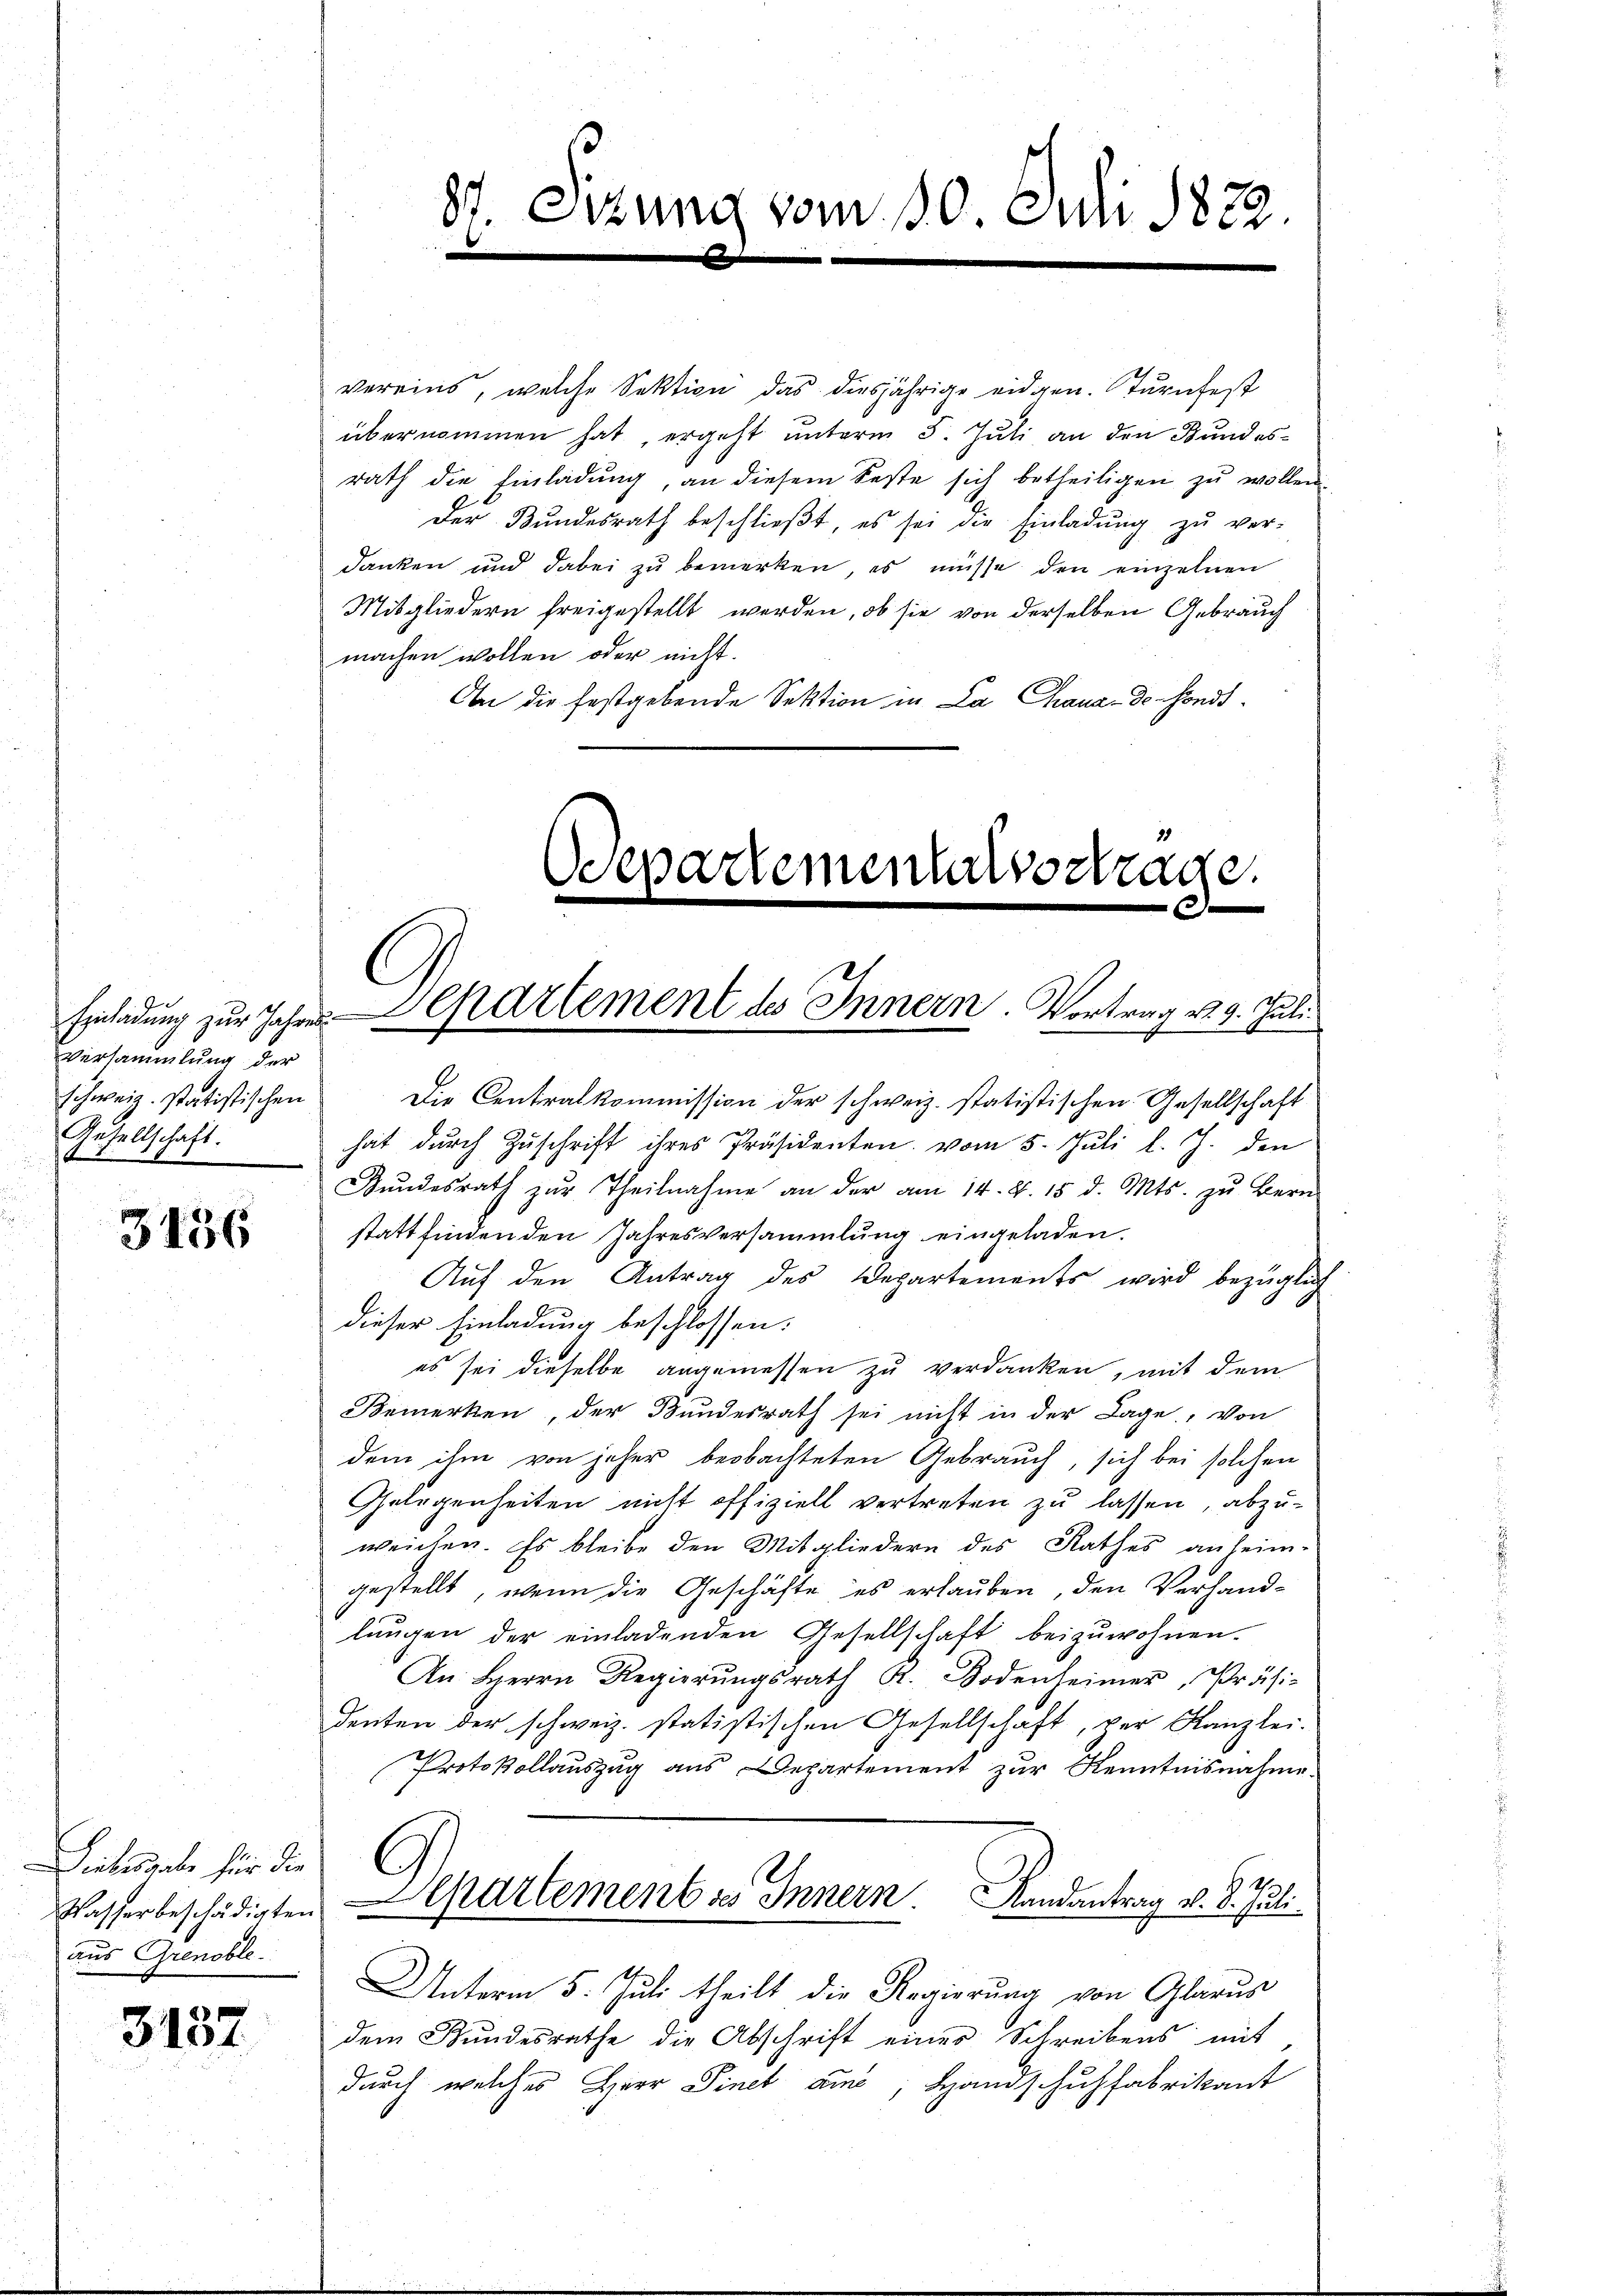
Versammlung der
schweiz. statistischen
Gesellschaft.

3136

Diebesgabe für die
Wasserbeschädigten
aus Grenoble

3137

vereins, welche Sektion das diesjährige eidgen. Turnfest
übernommen hat, ergeht unterm 5. Juli an den Bundesrath die Einladŭng, an diesem Feste sich betheiligen zŭ wollen.
Der Bundesrath beschlieβt, es sei die Einladŭng zŭ ver-
danken und dabei zu bemerken, es müsse den einzelnen
Mitgliedern freigestellt werden, ob sie von derselben Gebrauch
machen wollen oder nicht.
An die festgebende Sektion in La Chaux-de-Fonds¬

87. Sitzung vom 10. Juli 1822.
e

Wepartementsstrage.
e
Einladung zur Jahres Separtement des Innern. Vortrag v. 9. Juli

Die Centralkommission der schweiz. statistischen Gesellschaft
hat durch Zuschrift ihres Präsidenten vom 5. Juli l. J. den
Bŭndesrath zŭr Theilnahme an der am 14. d. 15 d. Mts. zŭ bern
stattfinden den Jahresversammlung eingeladen.
Auf den Antrag des Departements wird bezüglich
dieser Einladung beschlossen:
es sei dieselbe angemessen zu verdanken, mit dem
Bemerken, der Bundesrath sei nicht in der Lage, von
dem ihm von jeher beobachteten Gebrauch, sich bei solchen
Gelegenheiten nicht offiziell vertreten zu lassen, abzuweichen. Es bleibe den Mitgliedern des Rathes anheim-
gestellt, wenn die Geschäfte es erlauben, den Verhandlungen der einladenden Gesellschaft beizuwohnen.
An Herrn Regierŭngsrath A. Bodenheimer, Präsi-
denten der schweiz. statistischen Gesellschaft, vor Kanzlei-
Protokollauszug aus Departement zur Kenntnisnahme.
Departement ses Innern. Randantrag v. 8. Juli
Unterm 5. Juli theilt die Regierung von Glarus
dem Bundesrathe die Abschrift eines Schreibens mit
durch welches Herr Finet aus, Handschuhfabrikant